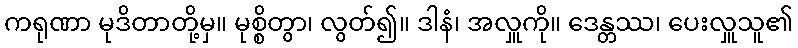
ကရုဏာ မုဒိတာတို့မှ။ မုစ္စိတွာ၊ လွတ်၍။ ဒါနံ၊ အလှူကို။ ဒေန္တဿ၊ ပေးလှူသူ၏